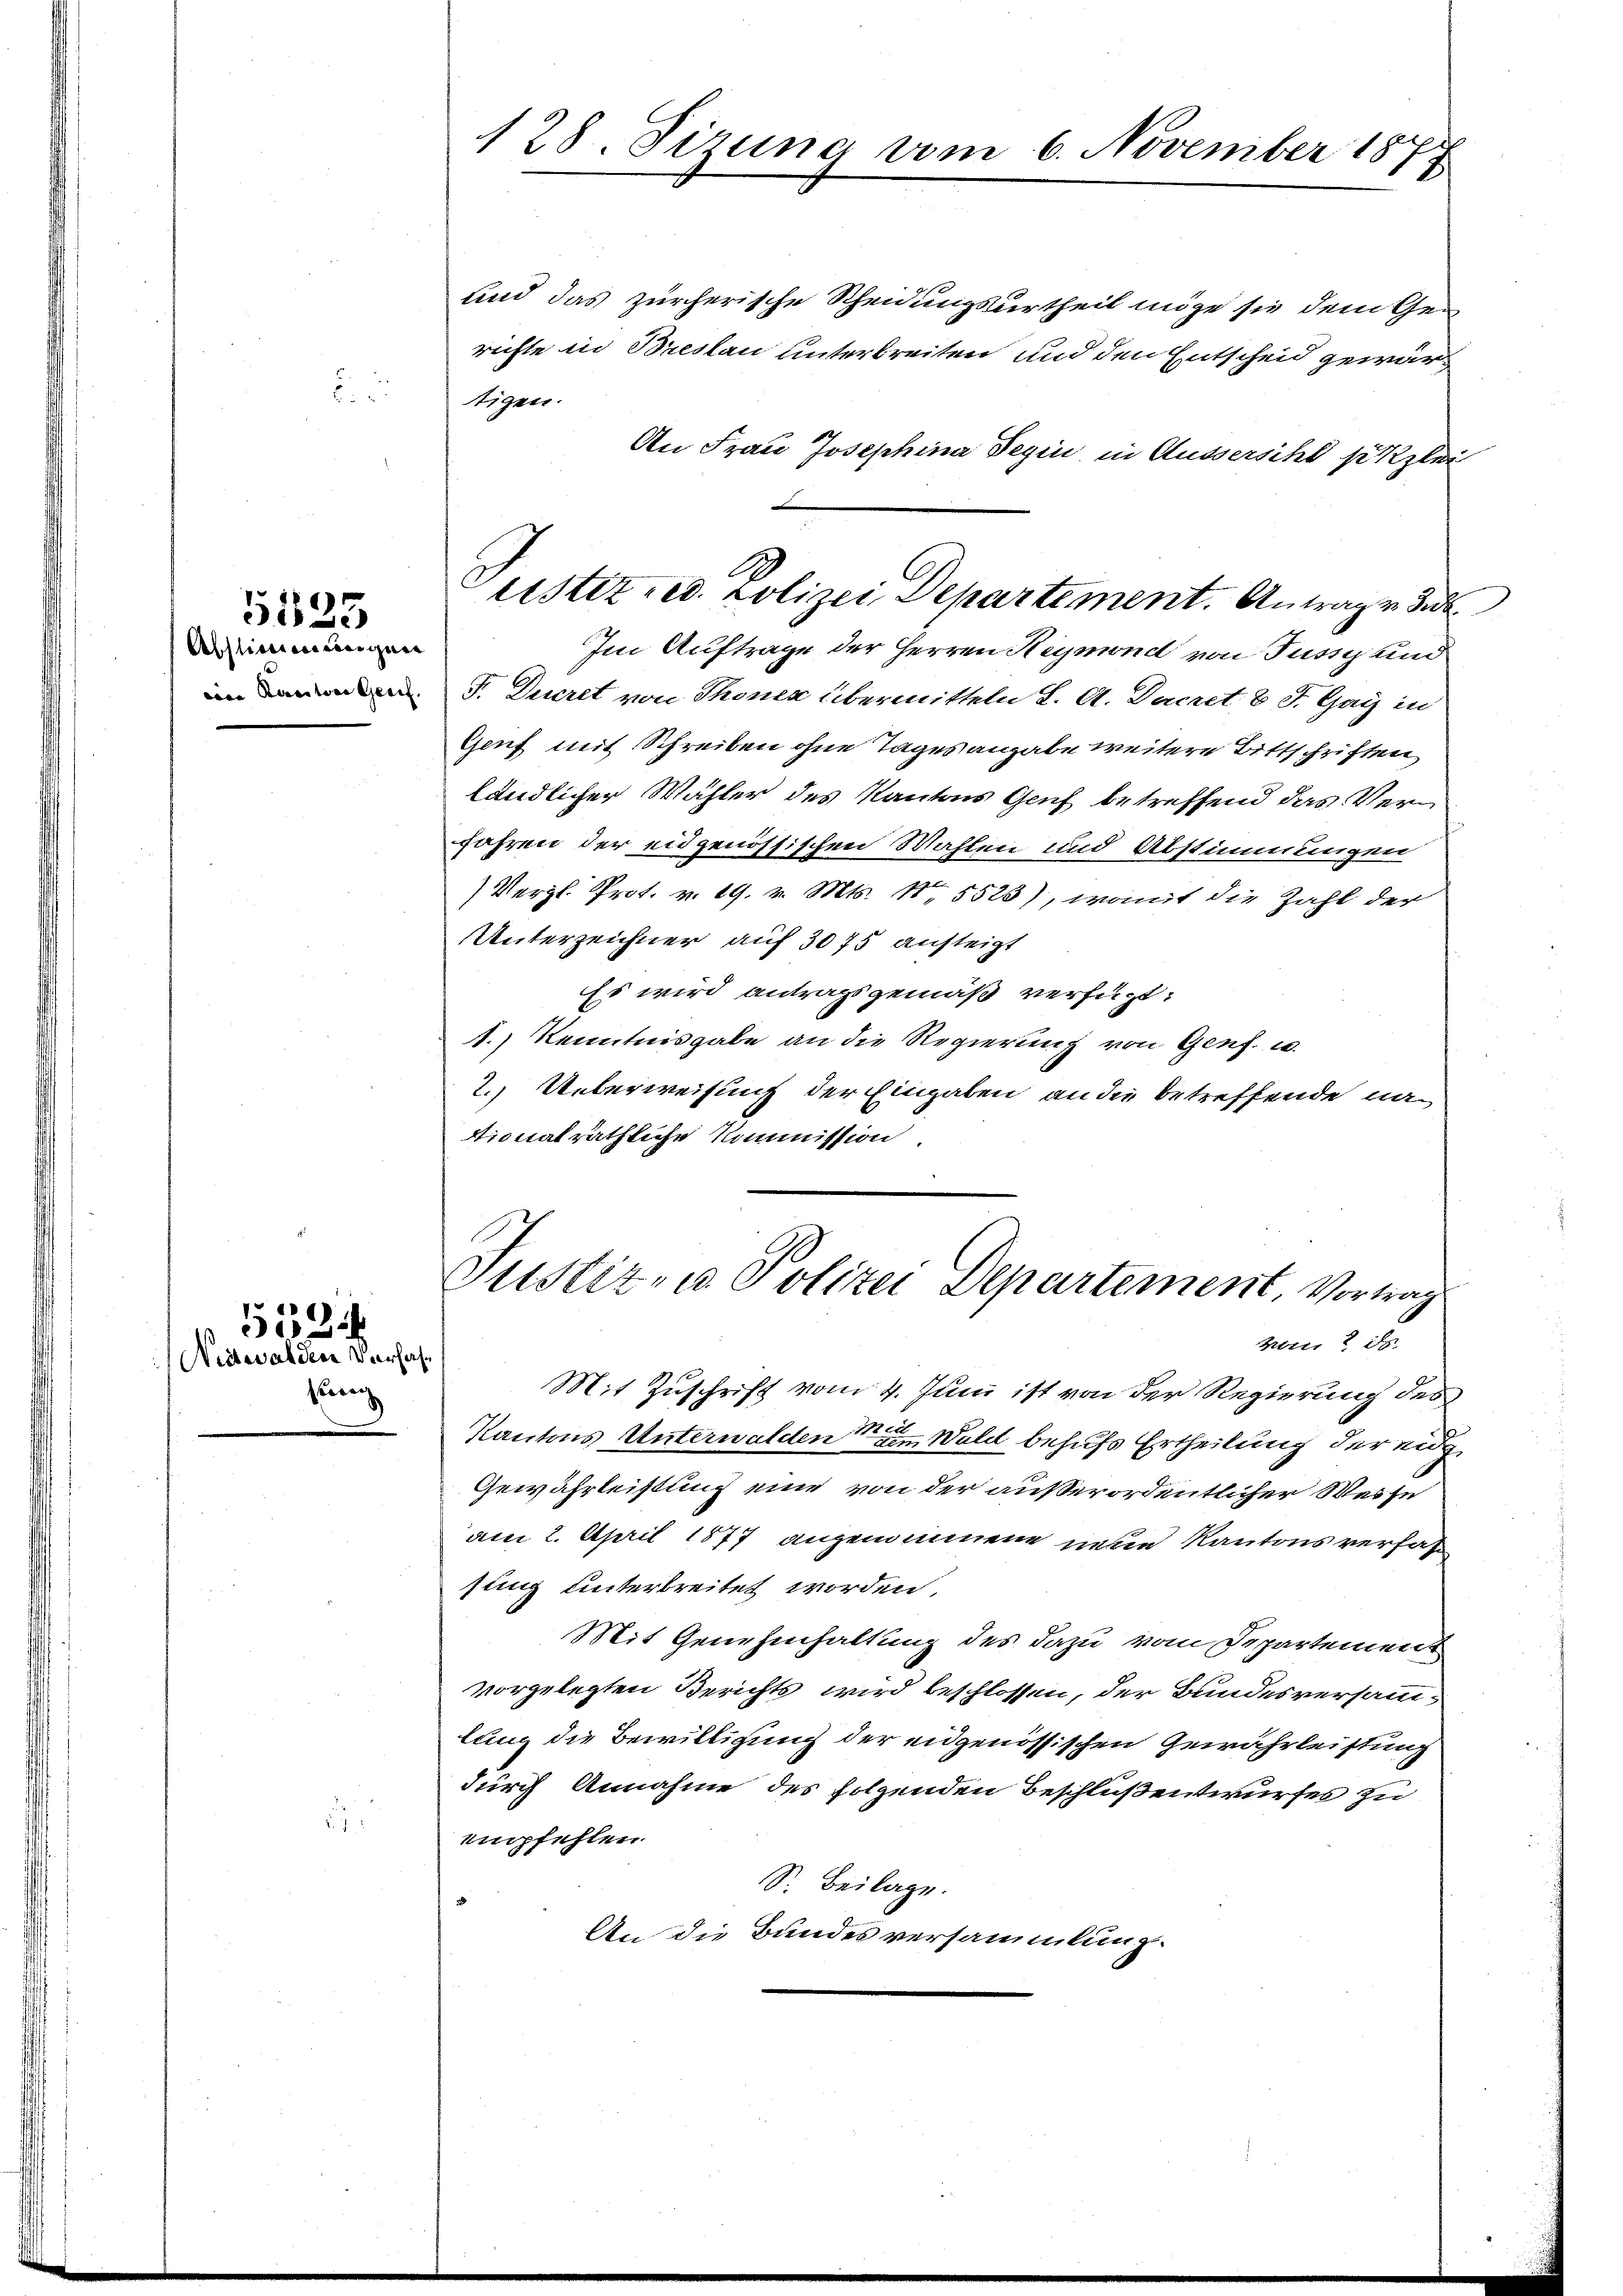
Abstitionscocigura
eine Kantone Greif.

5225

Nidwalden Versa
Piecen

5534

128. Sizung vom 6. November 1874

eister, ed. Polizei Departement. Antrage de

und das zürcherische Scheidungsurtheil möge sie dem Gerichte in Breslau unterbreiten und den Entscheid gewärtigen.
An Frau Josephina Begin in Aussersihl sitzglei
Im Auftrage der Herren Reymond von Fuss und
F. Decret von Thonen übermitteln L. A. Decret 8 S. Gay in
Genf mit Schreiben ohne Tages angabe weitere Bittschriften,
ländlicher Wähler des Kantons Genf betreffend das Ver¬
Jahren der eidgenössischen Wahlen und Abstimmungen
Vergl. Prot. v. 19. v. Mts. No 5523), womit die Zahl der
Unterzeichner auf 3075 austeigt
Es wird antragsgemäß verfügt:
1.) Kenntnisgabe an die Regierung von Genf. u.
2. Ueberweisung der Eingaben an die betreffende nasionalräthliche Kommission

Justiz- u Polizei Departement, Vortrag
von 2
zu

Mit Zuschrift vom 4. Juni ist von der Regierung des
Kantons Unterwalden Wald behufs Ertheilung der ei
Gewährleistung eine von der außerordentlicher Weise
am 2. April 1877 angenommene neue Kantons verfah
sing unterbreitet worden.
Mit Genehmhaltung des dazu vom Departement
vorgelegten Berichts wird beschlossen, der Bundesversammlung die Bewilligung der eidgenössischen Gewährleistung
durch Annahme des folgenden Beschlußentwurfes zu
empfehlen.
S. Beilage.
An die Bundesversammlung.